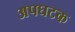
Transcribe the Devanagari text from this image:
अपघटक